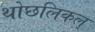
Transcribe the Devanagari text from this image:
थोछलिकल्